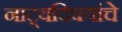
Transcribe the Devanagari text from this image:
नाट्यविषयांचे